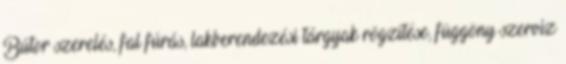
Bútor szerelés, fal fúrás, lakberendezési tárgyak rögzítése, függöny szerviz